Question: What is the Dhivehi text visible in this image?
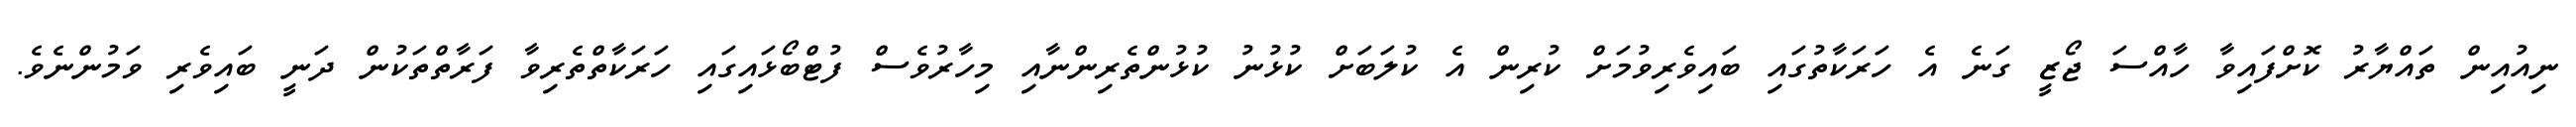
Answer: ނިއުއިން ތައްޔާރު ކޮށްފައިވާ ހާއްސަ ޖޯޒީ ގަނެ އެ ހަރަކާތުގައި ބައިވެރިވުމަށް ކުރިން އެ ކުލަބަށް ކުޅުނު ކުޅުންތެރިންނާއި މިހާރުވެސް ފުޓްބޯޅައިގައި ހަރަކާތްތެރިވާ ފަރާތްތަކުން ދަނީ ބައިވެރި ވަމުންނެވެ.